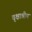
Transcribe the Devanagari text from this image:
वृक्षाश्रीय